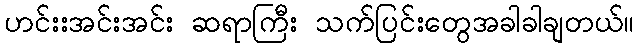
ဟင်းးအင်းအင်း ဆရာကြီး သက်ပြင်းတွေအခါခါချတယ်။